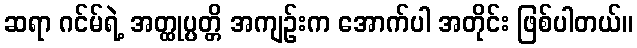
ဆရာ ဂင်မ်ရဲ့ အတ္ထုပ္ပတ္တိ အကျဉ်းက အောက်ပါ အတိုင်း ဖြစ်ပါတယ်။